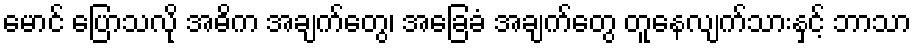
မောင် ပြောသလို အဓိက အချက်တွေ၊ အခြေခံ အချက်တွေ တူနေလျက်သားနှင့် ဘာသာ